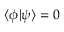
\langle \phi \vert \psi \rangle = 0